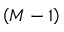
\left( M - 1 \right)